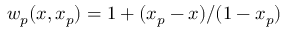
w _ { p } ( x , x _ { p } ) = 1 + ( x _ { p } - x ) / ( 1 - x _ { p } )